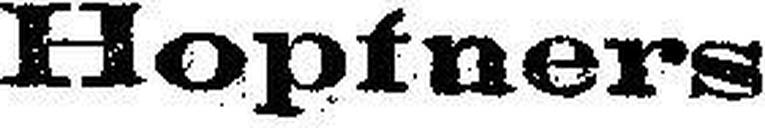
Hopfners